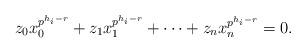
LaTeX: \begin{align*}z_0x_0^{p^{h_i-r}}+z_1x_1^{p^{h_i-r}}+\cdots+z_nx_n^{p^{h_i-r}}=0. \end{align*}